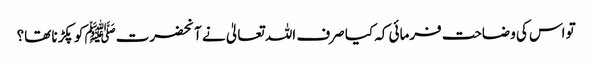
تو اس کی وضاحت فرمائی کہ کیا صرف اللہ تعالیٰ نے آنحضرتﷺ کو پکڑنا تھا؟